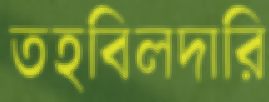
তহবিলদারি